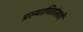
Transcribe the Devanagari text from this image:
प्रस्थापितांसाठी